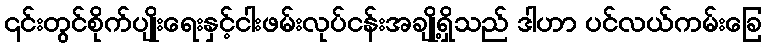
၎င်းတွင်စိုက်ပျိုးရေးနှင့်ငါးဖမ်းလုပ်ငန်းအချို့ရှိသည် ဒါဟာ ပင်လယ်ကမ်းခြေ